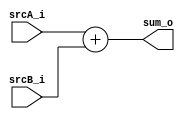
//*****************************************************************************
// Module Declaration
module adder
(
    srcA_i, // 32 bits source 1
    srcB_i, // 32 bits source 2
    sum_o   // 32 bits result
);
//*****************************************************************************
    // I/O Port Declaration
    input  [32-1:0] srcA_i;
    input  [32-1:0] srcB_i;
    output [32-1:0] sum_o;

    // System conection
    // Output
    assign sum_o = srcA_i + srcB_i;
//*****************************************************************************
endmodule